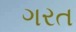
ગરત